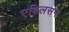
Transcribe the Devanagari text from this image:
एबिलसन